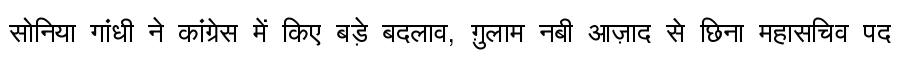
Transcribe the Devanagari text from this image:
सोनिया गांधी ने कांग्रेस में किए बड़े बदलाव, ग़ुलाम नबी आज़ाद से छिना महासचिव पद